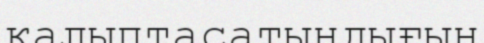
қалыптасатындығын